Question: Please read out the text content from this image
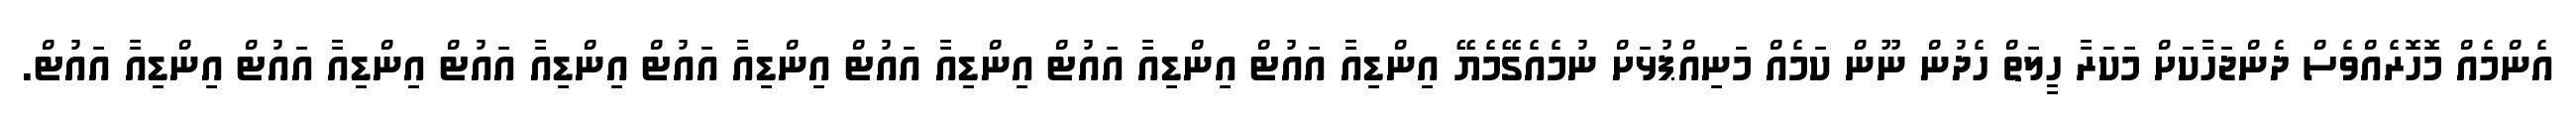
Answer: އެންމެއް މޮހޮރެއްވެސް ދެންޖަހާކަށް މަކަރާ ހީލަތް ހެދުން ނޫން ކަމެއް މަނިއްޕުޅަށް ނުމެއެގޭމެޔޭ އިންޑިއާ އައުޓް އިންޑިއާ އައުޓް އިންޑިއާ އައުޓް އިންޑިއާ އައުޓް އިންޑިއާ އައުޓް އިންޑިއާ އައުޓް އިންޑިއާ އައުޓް.